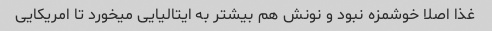
غذا اصلا خوشمزه نبود و نونش هم بیشتر به ایتالیایی میخورد تا امریکایی